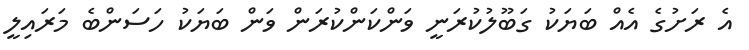
އެ ރަށުގެ އެއް ބަޔަކު ގަބޫލުކުރަނީ ވަންކަންކުރަން ވަން ބަޔަކު ހަސަންބެ މަރައިލީ